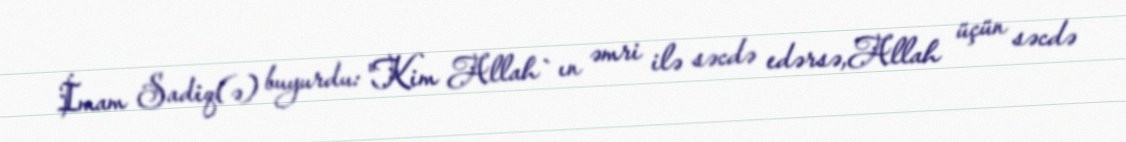
İmam Sadiq(ə) buyurdu: "Kim Allah`ın əmri ilə səcdə edərsə,Allah üçün səcdə